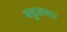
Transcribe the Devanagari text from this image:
बहुज्ञता।